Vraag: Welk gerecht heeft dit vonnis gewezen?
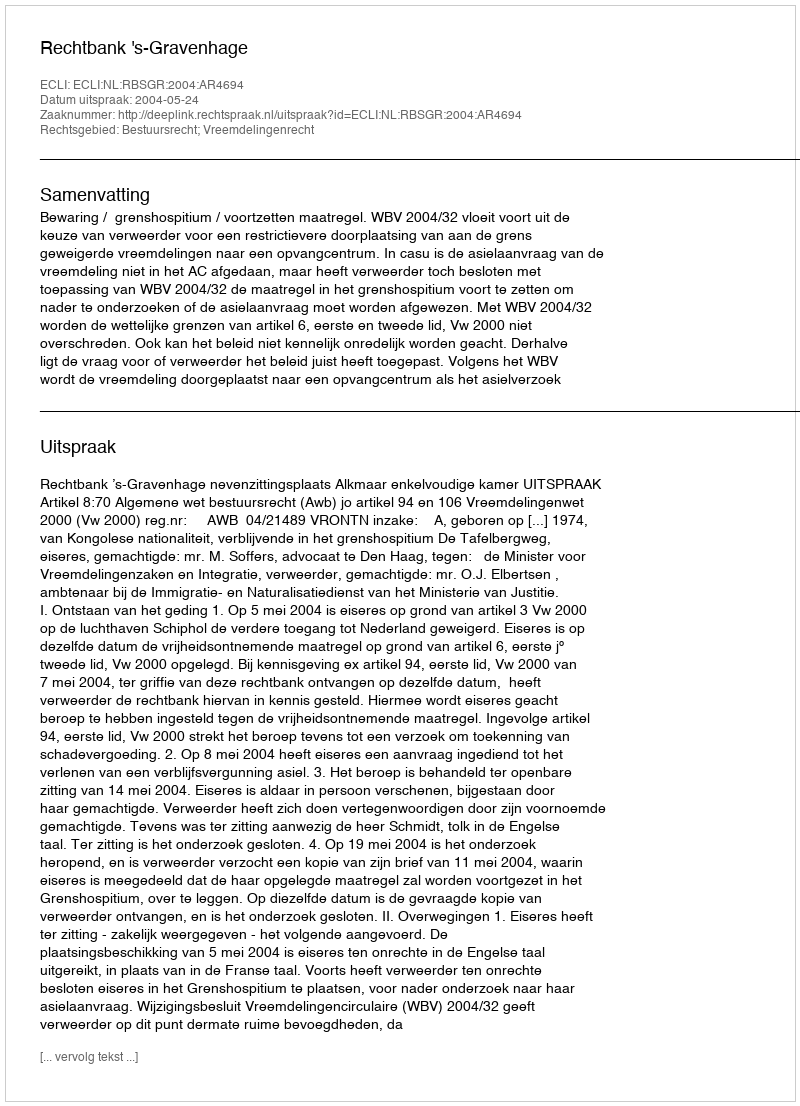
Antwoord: Rechtbank 's-Gravenhage